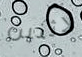
لاثنين